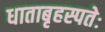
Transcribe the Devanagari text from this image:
धाताबृहस्पतेः